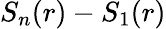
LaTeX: S_{n}(r)-S_{1}(r)